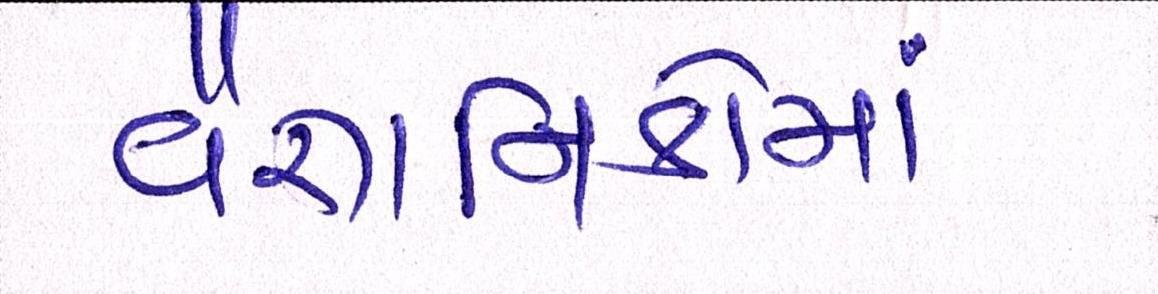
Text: વૈજ્ઞાાનિકોમાં